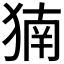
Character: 𬌹